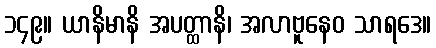
၁၄၉။ ယာနိမာနိ အပတ္ထာနိ၊ အလာဗူနေဝ သာရဒေ။